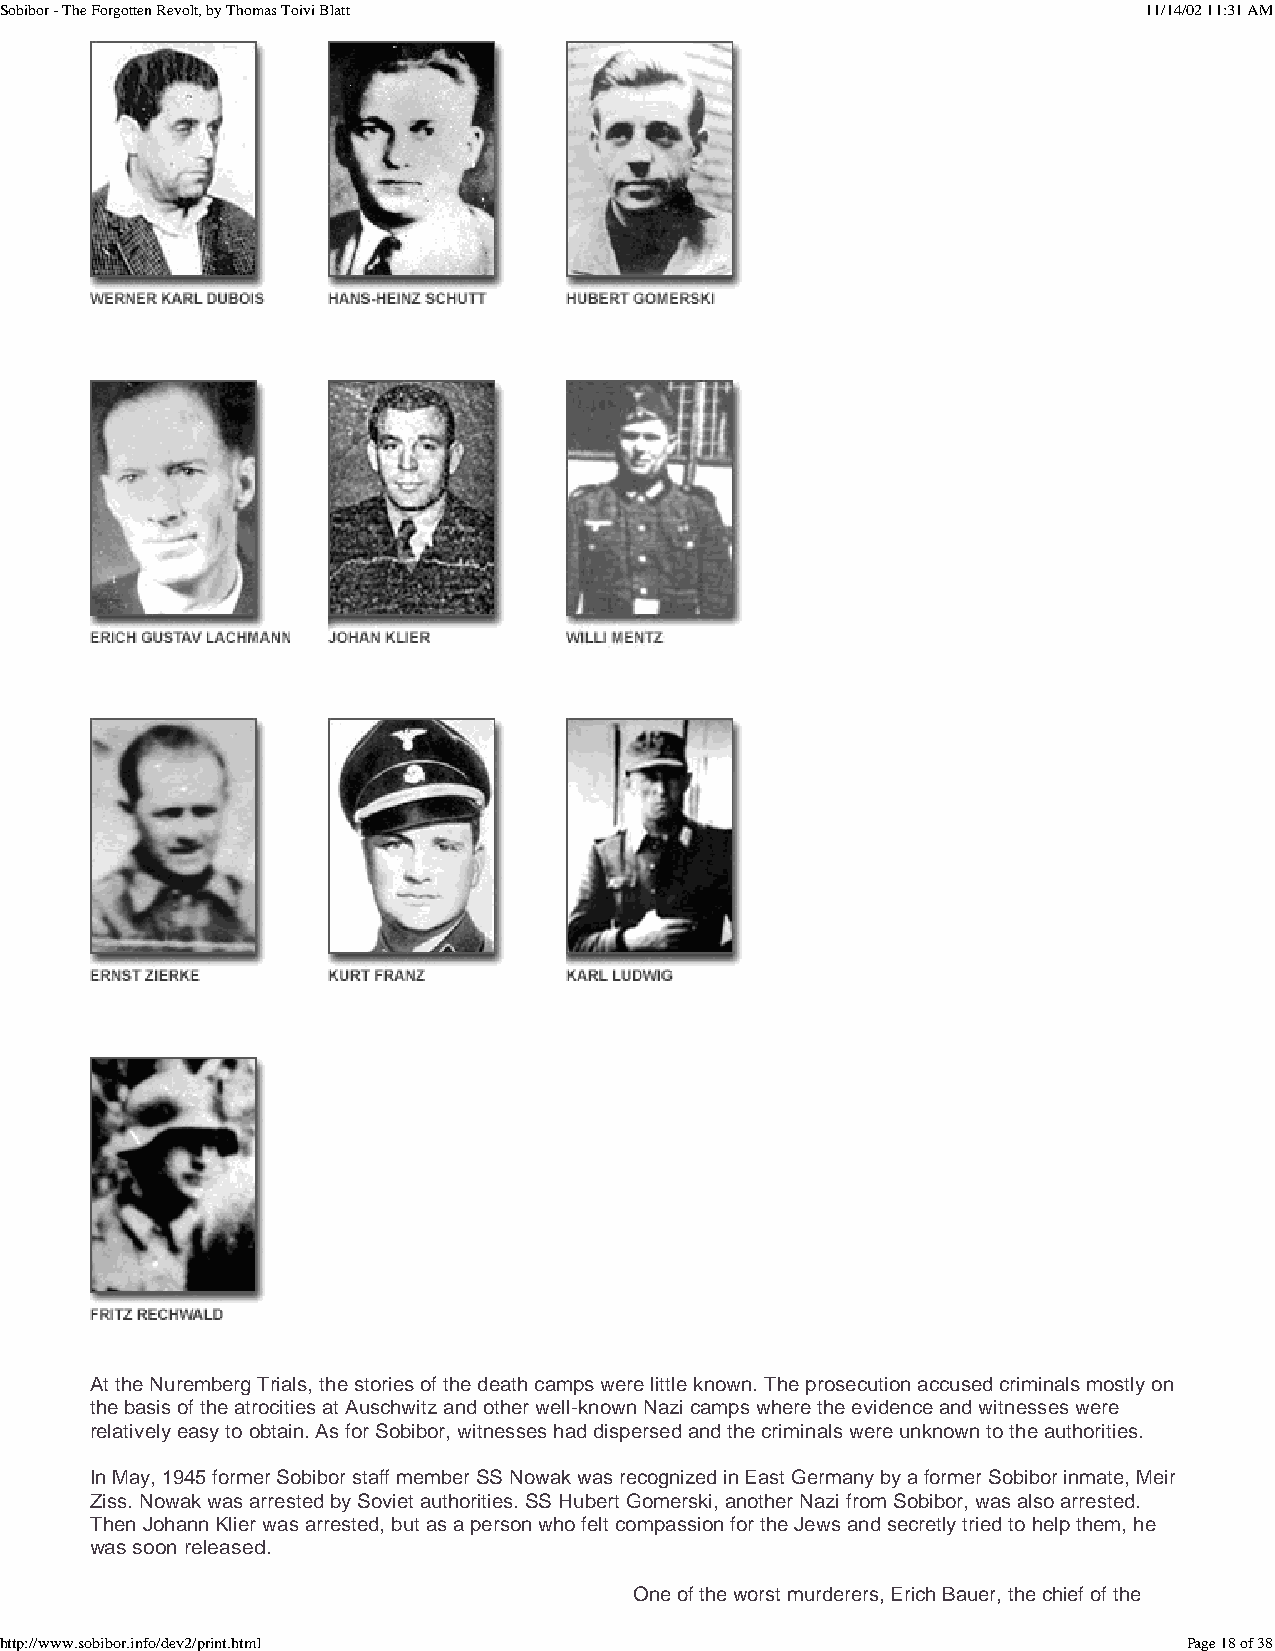
Sobibor - The Forgotten Revolt, by Thomas Toivi Blatt                       11/14/02 11:31 AM
 At the Nuremberg Trials, the stories of the death camps were little known. The prosecution accused criminals mostly on
 the basis of the atrocities at Auschwitz and other well-known Nazi camps where the evidence and witnesses were
 relatively easy to obtain. As for Sobibor, witnesses had dispersed and the criminals were unknown to the authorities.
 In May, 1945 former Sobibor staff member SS Nowak was recognized in East Germany by a former Sobibor inmate, Meir
 Ziss. Nowak was arrested by Soviet authorities. SS Hubert Gomerski, another Nazi from Sobibor, was also arrested.
 Then Johann Klier was arrested, but as a person who felt compassion for the Jews and secretly tried to help them, he
 was soon released.
 One of the worst murderers, Erich Bauer, the chief of the
 http://www.sobibor.info/dev2/print.html                                        Page 18 of 38